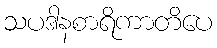
သပဒါနစာရိကာတိပေ